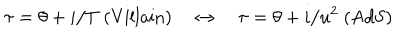
\tau = \theta + i / T \ \mathrm { ( V i l l a i n ) } \quad \leftrightarrow \quad \tau = \theta + i / u ^ { 2 } \ \mathrm { ( A d S ) }